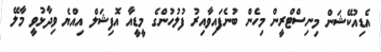
އެޑިއުކޭޝަން މިނިސްޓްރީން މިހެން ބުނެފައިވާއިރު ފުލުހުންގެ މީޑީއާ އޮފިޝަލް އިއްޔެ ވިދާޅުވީ މާލޭ